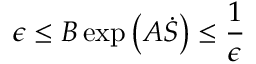
\epsilon \le B \exp \left( A \dot { S } \right) \le \frac { 1 } { \epsilon }